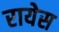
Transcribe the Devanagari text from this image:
रायेस